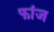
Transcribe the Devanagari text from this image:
फांज